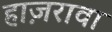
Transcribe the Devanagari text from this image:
हाज़रावा